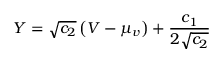
Y = \sqrt { c _ { 2 } } \left( V - \mu _ { v } \right) + \frac { c _ { 1 } } { 2 \sqrt { c _ { 2 } } }